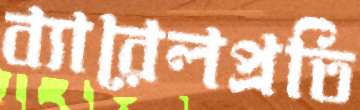
ব্যারেলপ্রতি